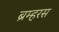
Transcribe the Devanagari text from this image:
ब्रम्हरस